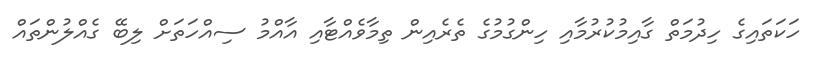
ހަކަތައިގެ ހިދުމަތް ގާއިމުކުރުމާއި ހިންގުމުގެ ތެރެއިން ތިމާވެއްޓާއި އާއްމު ސިއްހަތަށް ލިބޭ ގެއްލުންތައް